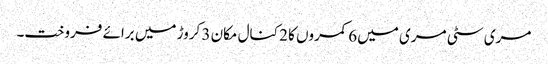
مری سٹی مری میں 6 کمروں کا 2 کنال مکان 3 کروڑ میں برائے فروخت۔